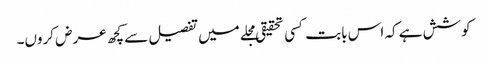
کوشش ہے کہ اس بابت کسی تحقیقی مجلے میں تفصیل سے کچھ عرض کروں۔